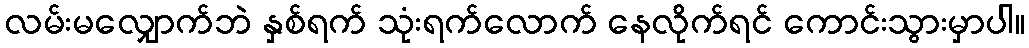
လမ်းမလျှောက်ဘဲ နှစ်ရက် သုံးရက်လောက် နေလိုက်ရင် ကောင်းသွားမှာပါ။